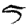
Digit: 5